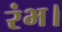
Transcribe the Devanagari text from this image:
रंभ।